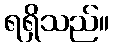
ရရှိသည်။